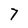
Character: 7